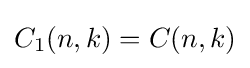
C_{1}(n,k)=C(n,k)